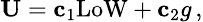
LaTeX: \small{\mathbf U}={\mathbf c_{1}}\mathrm{LoW}+{\mathbf c_{2}}g\, ,